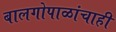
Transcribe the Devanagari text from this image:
बालगोपाळांचाही